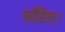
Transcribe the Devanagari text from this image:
फॉसिल।